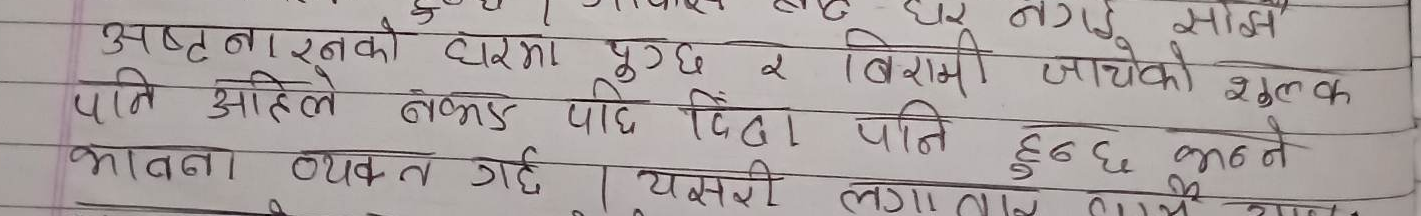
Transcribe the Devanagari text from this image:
अष्टनारनको घरमा पुग्छ र बिरामी जाचेको शुल्क
पनि अहिले नभइ पछि दिन्छु पति हुन्छ भन्न
भावना व्यक्त गर्छ। यसरी लगा लाग्छ।